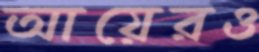
আয়েরও